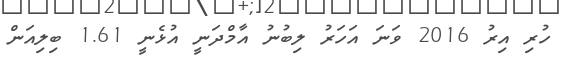
ހުރި އިރު 2016 ވަނަ އަހަރު ލިބުނު އާމްދަނީ އުޅެނީ 1.61 ބިލިއަން